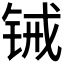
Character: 𬭋